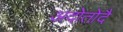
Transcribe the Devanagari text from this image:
अदोतोदै